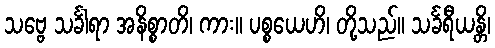
သဗ္ဗေ သင်္ခါရာ အနိစ္စာတိ၊ ကား။ ပစ္စယေဟိ၊ တို့သည်။ သင်္ခရီယန္တိ၊